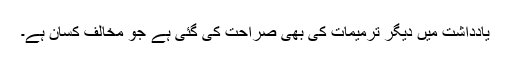
یادداشت میں دیگر ترمیمات کی بھی صراحت کی گئی ہے جو مخالف کسان ہے۔